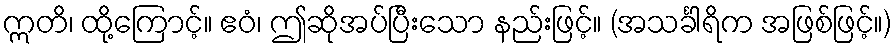
ဣတိ၊ ထို့ကြောင့်။ ဧဝံ၊ ဤဆိုအပ်ပြီးသော နည်းဖြင့်။ (အသင်္ခါရိက အဖြစ်ဖြင့်။)